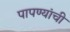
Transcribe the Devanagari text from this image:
पापण्यांची